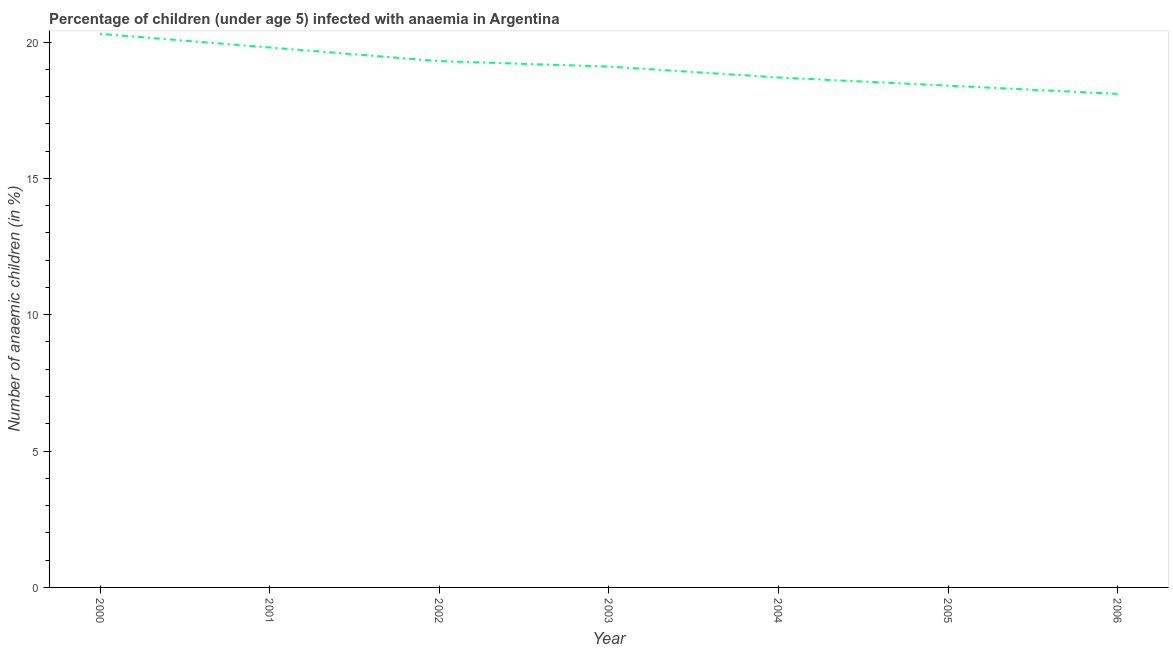
| Year | Prevalence of anemia among children |
 | --- | --- |
 | 2000 | 20.3 |
 | 2001 | 19.8 |
 | 2002 | 19.3 |
 | 2003 | 19.1 |
 | 2004 | 18.7 |
 | 2005 | 18.4 |
 | 2006 | 18.1 |